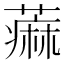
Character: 𫉭